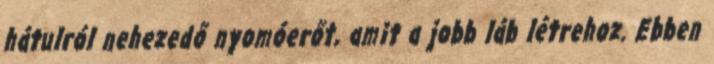
hátulról nehezedő nyomóerőt, amit a jobb láb létrehoz. Ebben